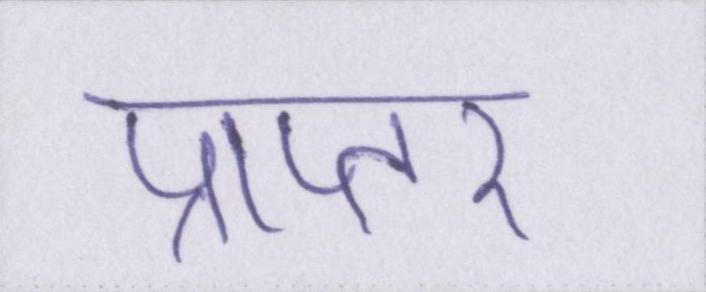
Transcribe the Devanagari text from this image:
प्राप्तर